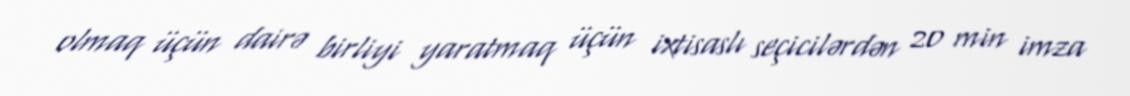
olmaq üçün dairə birliyi yaratmaq üçün ixtisaslı seçicilərdən 20 min imza